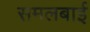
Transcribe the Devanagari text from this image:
समलबाई